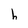
Character: h